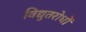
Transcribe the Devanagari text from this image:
विद्युतरोधों